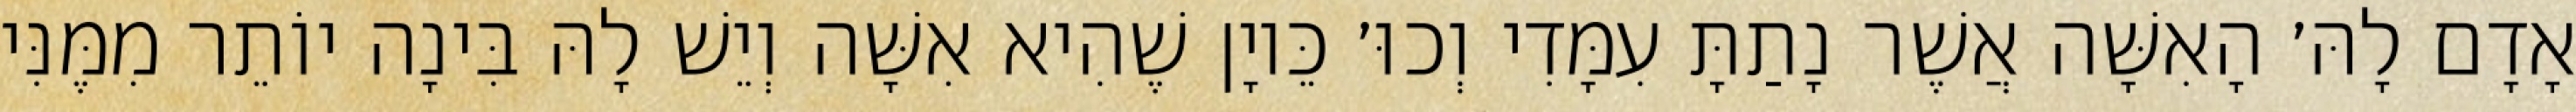
אָדָם לָהּ׳ הָאִשָּׁה אֲשֶׁר נָתַתָּ עִמָּדִי וְכוּ׳ כֵּיוָן שֶׁהִיא אִשָּׁה וְיֵשׁ לָהּ בִּינָה יוֹתֵר מִמֶּנִּי